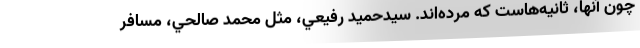
چون آنها، ثانيه‌هاست كه مرده‌اند. سيدحميد رفيعي، مثل محمد صالحي، مسافر